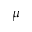
\mu